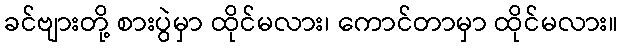
ခင်ဗျားတို့ စားပွဲမှာ ထိုင်မလား၊ ကောင်တာမှာ ထိုင်မလား။